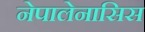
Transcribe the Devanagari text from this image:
नेपालेनासिस